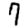
Digit: 7